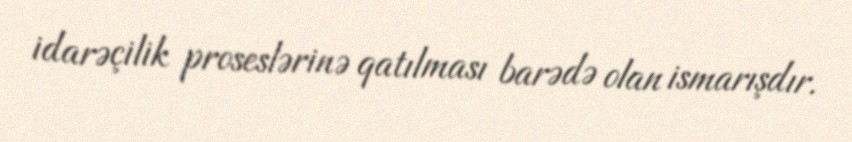
idarəçilik proseslərinə qatılması barədə olan ismarışdır.